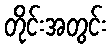
တိုင်းအတွင်း